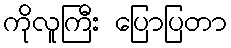
ကိုလူကြီး ပြောပြတာ